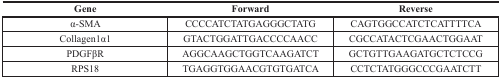
| Gene | Forward | Reverse |
 | --- | --- | --- |
 | α-SMA | CCCCATCTATGAGGGCTATG | CAGTGGCCATCTCATTTTCA |
 | Collagen1α1 | GTACTGGATTGACCCCAACC | CGCCATACTCGAACTGGAAT |
 | PDGFβR | AGGCAAGCTGGTCAAGATCT | GCTGTTGAAGATGCTCTCCG |
 | RPS18 | TGAGGTGGAACGTGTGATCA | CCTCTATGGGCCCGAATCTT |